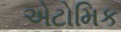
એટોમિક